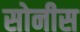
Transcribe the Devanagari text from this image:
सोनीस